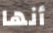
أنها